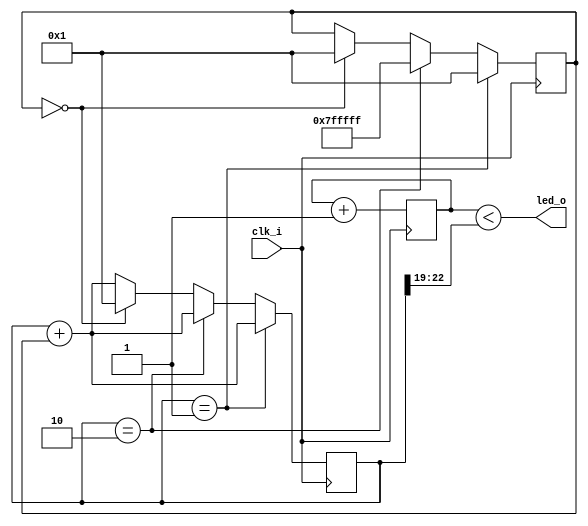
// Generated by MyHDL 0.11


`timescale 1ns/10ps

module wax_wane (
    clk_i,
    led_o
);


input clk_i;
output led_o;
wire led_o;

reg [22:0] rampout;
reg [3:0] chunk_insts_0_cnt;
reg [22:0] k_delta;



always @(posedge clk_i) begin: WAX_WANE_LOC_INSTS_CHUNK_INSTS_0_LOC_INSTS_CHUNK_INSTS_0
    chunk_insts_0_cnt <= (chunk_insts_0_cnt + 1);
end



assign led_o = (chunk_insts_0_cnt < rampout[23-1:19]);


always @(posedge clk_i) begin: WAX_WANE_LOC_INSTS_CHUNK_INSTS_K_LOC_INSTS_CHUNK_INSTS_K
    rampout <= (rampout + k_delta);
    if ((rampout == 1)) begin
        k_delta <= 1;
    end
    else if (($signed({1'b0, rampout}) == (8388608 - 2))) begin
        k_delta <= (-1);
    end
    else if ((k_delta == 0)) begin
        k_delta <= 1;
        rampout <= 1;
    end
end

endmodule